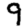
Digit: 9